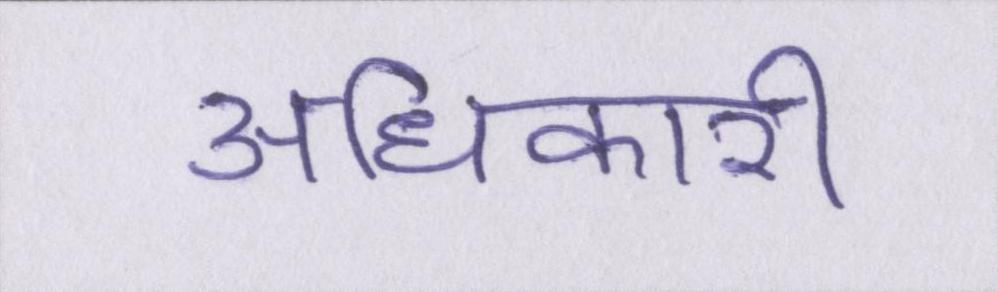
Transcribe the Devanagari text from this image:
अधिकारी